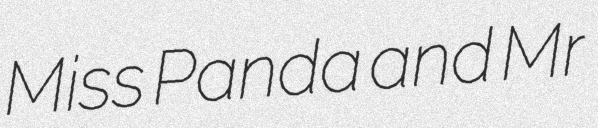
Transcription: Miss Panda and Mr